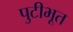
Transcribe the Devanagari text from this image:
पुटीभूत